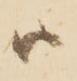
ハ